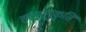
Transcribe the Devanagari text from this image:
हस्यानुकृति